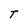
Character: T